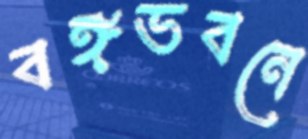
বঙ্গভবনে